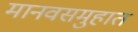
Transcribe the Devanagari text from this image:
मानवसमुहात